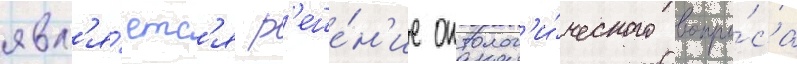
явл'я́етс'я р'еше́н'ие онтолог'и́ческого вопро́са